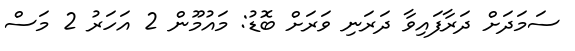
ސަމަދަށް ދަރާފައިވާ ދަރަނި ވަރަށް ބޮޑު: މައުމޫން 2 އަހަރު 2 މަސް